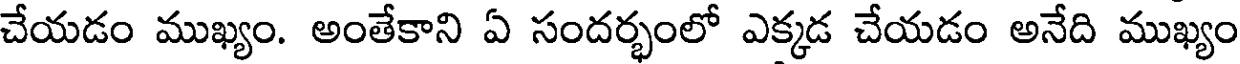
చేయడం ముఖ్యం. అంతేకాని ఏ సందర్భంలో ఎక్కడ చేయడం అనేది ముఖ్యం